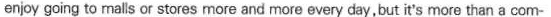
enjoy going to rnalls or stores more and more every day,but it's more than a com-